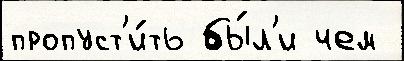
пропуст'и́ть бы́л'и чем